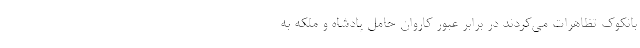
بانکوک تظاهرات می‌کردند در برابر عبور کاروان حامل پادشاه و ملکه به